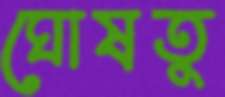
ঘোষতু